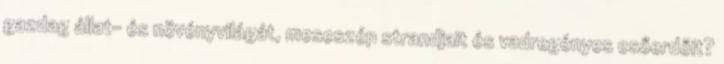
gazdag állat- és növényvilágát, meseszép strandjait és vadregényes esőerdőit?